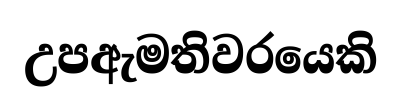
උපඇමතිවරයෙකි